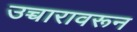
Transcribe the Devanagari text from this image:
उच्चारावरून